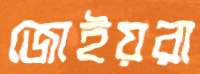
জোইয়রা